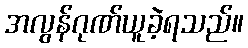
အလွန်ဂုဏ်ယူခဲ့ရသည်။